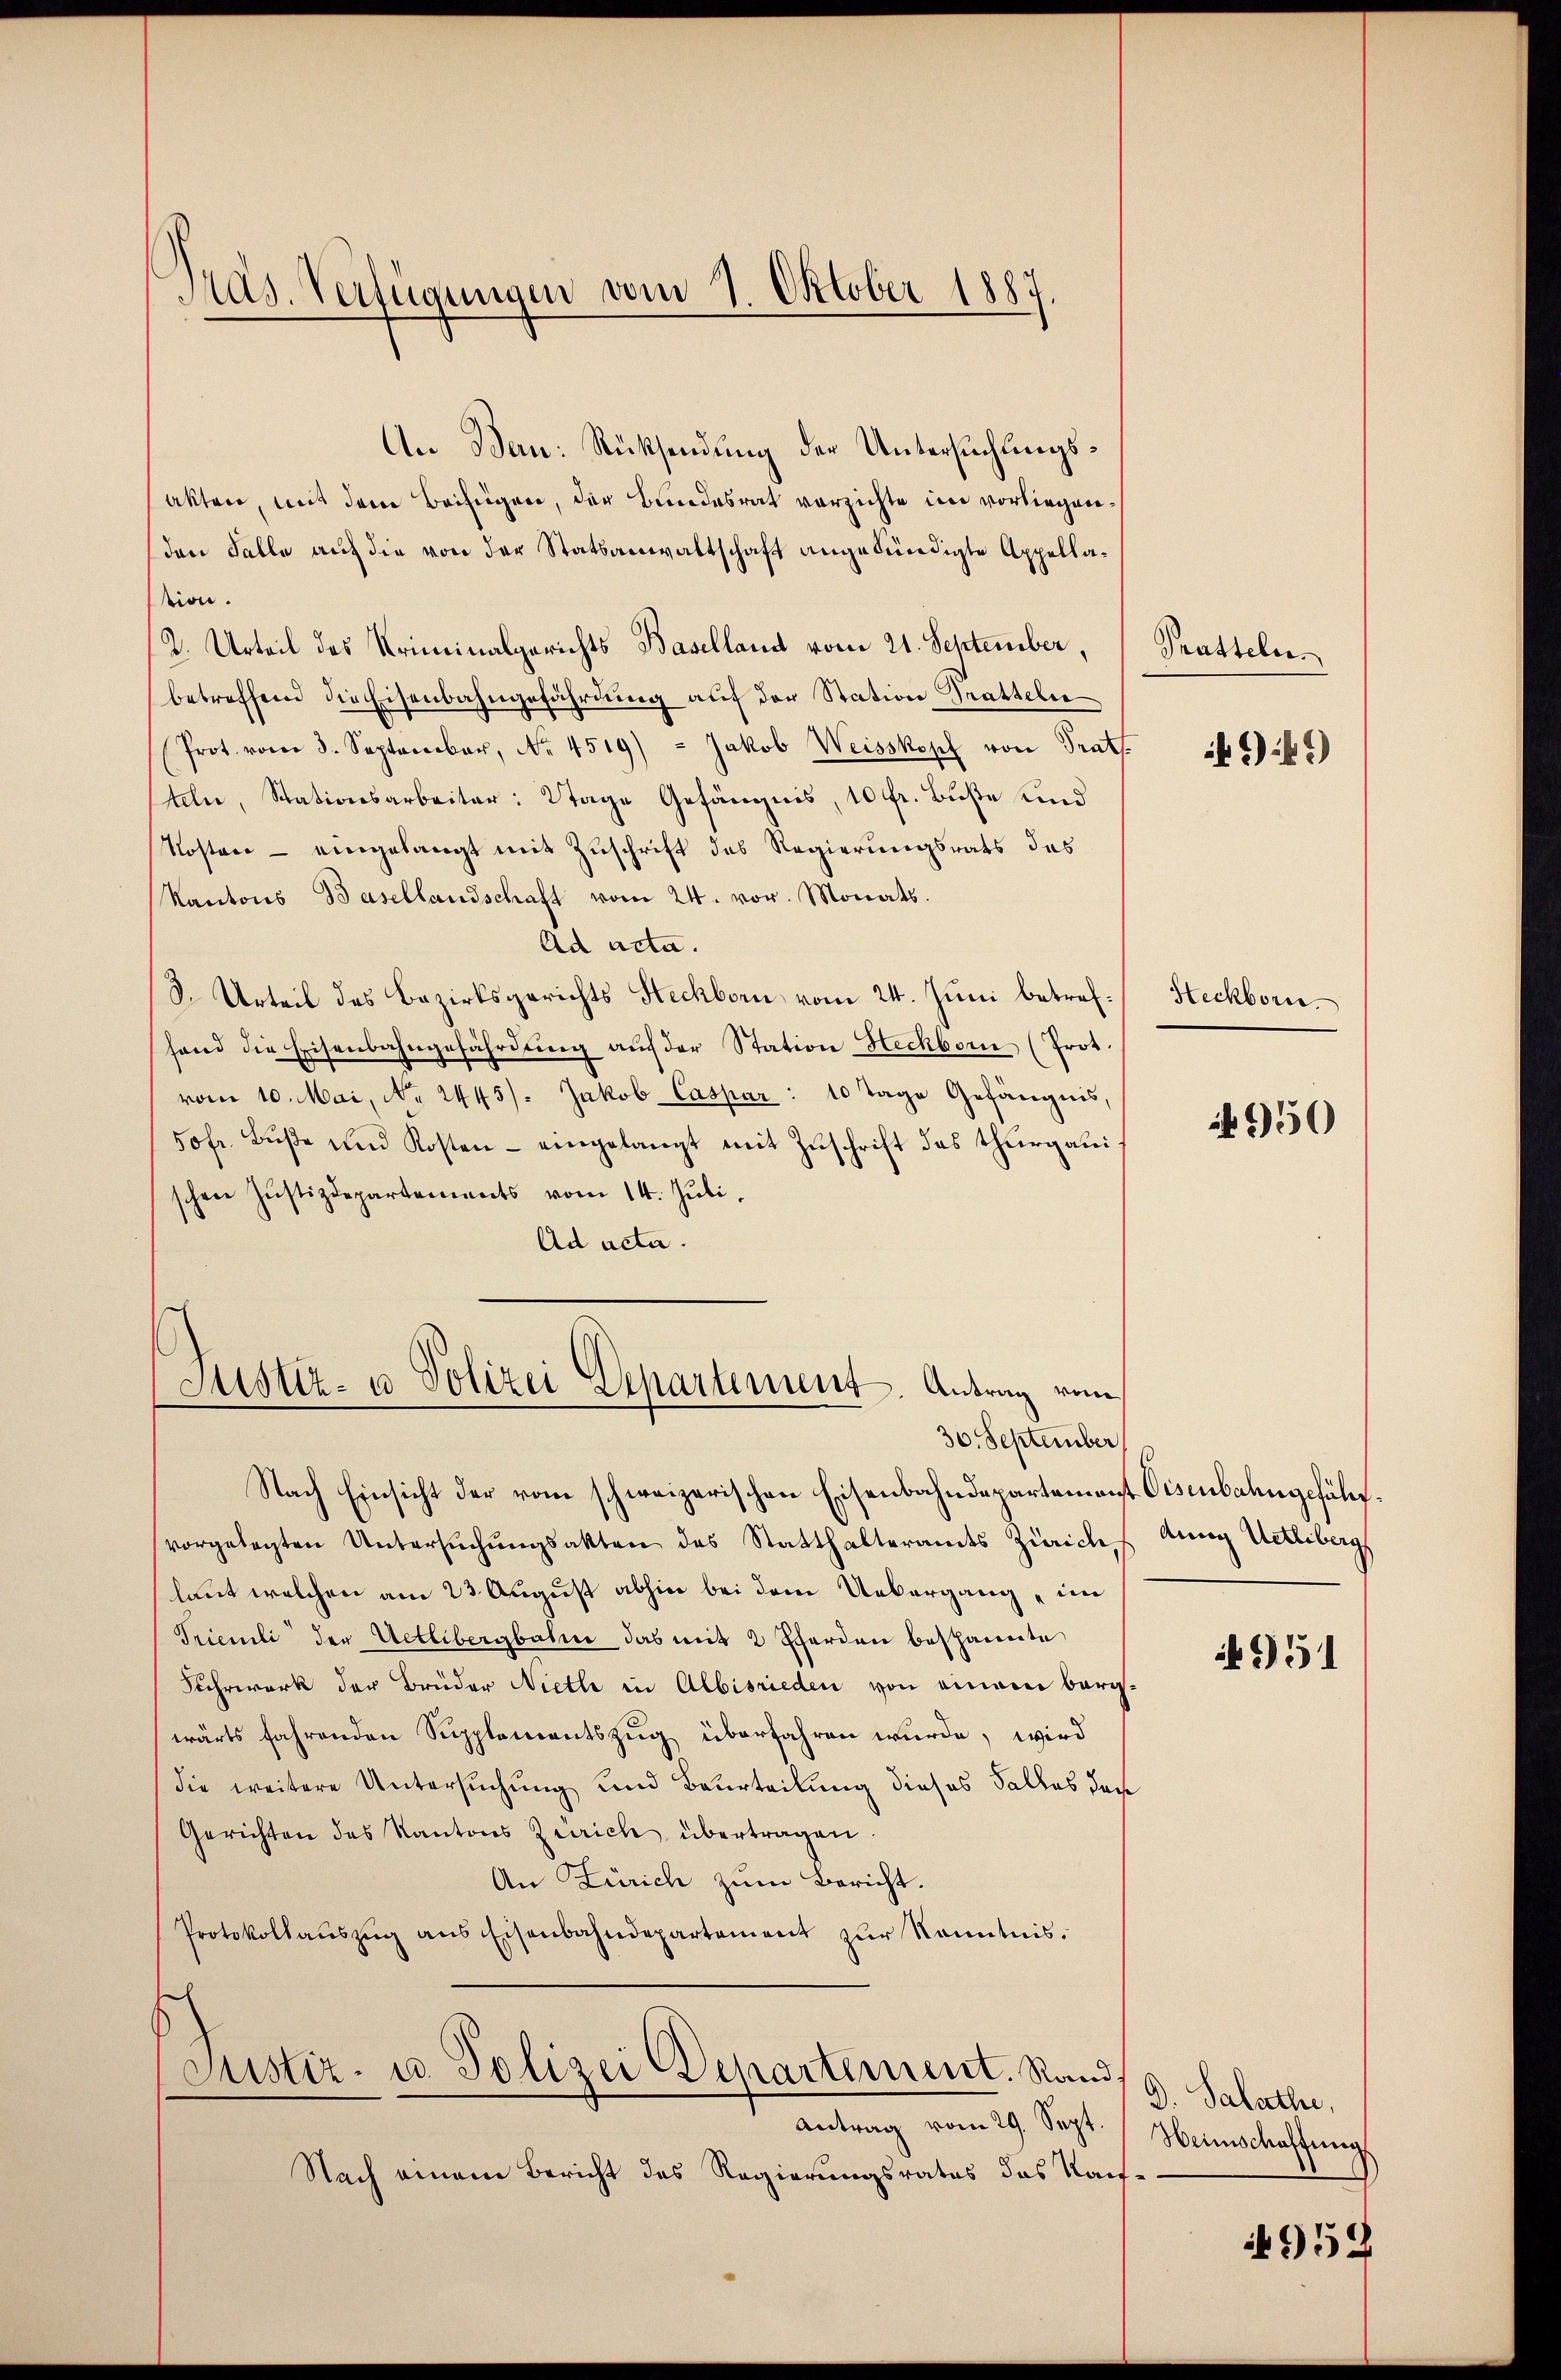
Pras. Verfügungen vom 2. Oktober 1887

An Bau: Rücksendung der Untersuchungsakter, mit dem Beifügen, der Bundesrat vorzichte in vorliegenden Falle auf die von der Statsanwaltschaft angekündigte Appellation.
2. Urteil des Kriminalgerichts Baselland vom 21. September,
betreffend die Eisenbahngefährdŭng aŭf der Station Pratteln
Prot. vom 3. September, No. 4519) - Jakob Weisskopf von Trat
teln, Stationsarbeiter: Wtage Gefängnis, 10 fr. Buße und
Kosten - eingelangt mit Zuschrift des Regierungsrats des
Kantons Basellandschaft vom 24. vor. Monats.
Ad acta.
3. Urteil des Bezirksgerichts Steckborn vom 24. Juni betrefhand die Eisenbahngefährdŭng aŭf der Station Hechborn (Prot.
vom 10. Mai, No. 2445. Jakob Caspar : 10 Tage Gefängnis,
50fr. Bŭβe und Kosten - eingelangt mit Zŭschrift des Thurgauschen Justizdepartements vom 14. Juli.
Ad acta.

Justiz- u Polizei Departement. Antrag vom
30. September

Nach Einsicht der vom schweizerischen Eisenbahndepartement Visenbahngeführt.
vorgelegten Untersŭchŭngsakten des Statthalteramts Zürichtung Uetliberg
laut welchen am 23. August abhin bei dem Uebergang im
Trienti der Uetlibergbahne das mit 2 Therden bespannte
Kehrwerk der Brüder Nietli in Albisrieden von einem berg
wärts fahrenden Supplementszug überfahren wurde, wird
die weitere Untersuchung und Beurteilung dieses Falles doch
Gerichten des Kantons Zürich übertragen
An Zürich zum Bericht.
Protokollaŭszŭg ans Eisenbahndepartement zŭr Kenntnis.
e
Justiz- u. Polizei Departement. Rand,
Antrag vom 29. Sept.
Nach einem Bericht des Regierungsrates das Rait¬

Tratteln.

9)

Heckborn.

950

951

D. Salathe,
Heimschaffung

958